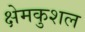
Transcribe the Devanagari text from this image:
क्षेमकुशल